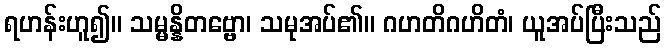
ရဟန်းဟူ၍။ သမ္မန္နိတဗ္ဗော၊ သမုအပ်၏။ ဂဟတိဂဟိတံ၊ ယူအပ်ပြီးသည်